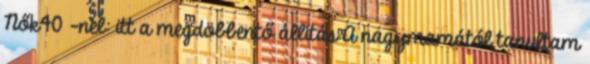
Nők40 -nel: itt a megdöbbentő állítás A nagymamától tanultam